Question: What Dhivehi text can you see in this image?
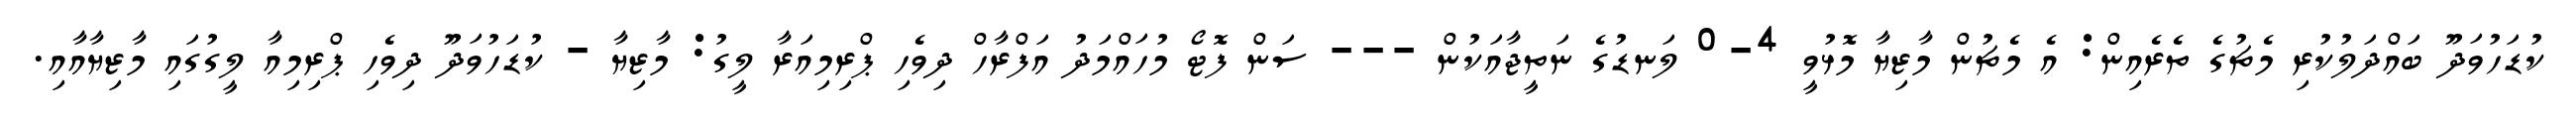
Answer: ކުޑަހުވަދޫ ބައްދަލުކުރި މެޗުގެ ތެރެއިން: އެ މެޗުން މާޒިޔާ މޮޅުވީ 4-0 ލަނޑުގެ ނަތީޖާއަކުން --- ސަން ފޮޓޯ މުހައްމަދު އަފްރާހް ދިވެހި ޕްރިމިއަރާ ލީގު: މާޒިޔާ - ކުޑަހުވަދޫ ދިވެހި ޕްރިމިއާ ލީގުގައި މާޒިޔާއާއި.